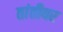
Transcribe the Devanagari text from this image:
तांतीवर